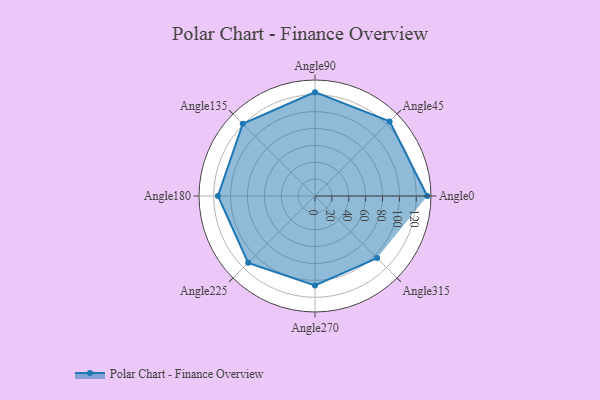
{"axis": {"x": "Angle", "y": "Radius"}, "legend": [""], "data": [{"x": "Angle0", "y": 133.0, "type": ""}, {"x": "Angle45", "y": 125.0, "type": ""}, {"x": "Angle90", "y": 123.0, "type": ""}, {"x": "Angle135", "y": 121.0, "type": ""}, {"x": "Angle180", "y": 115.0, "type": ""}, {"x": "Angle225", "y": 112.0, "type": ""}, {"x": "Angle270", "y": 106.0, "type": ""}, {"x": "Angle315", "y": 104.0, "type": ""}]}